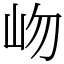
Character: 岉